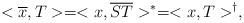
\begin{align*}<\overline{x}, T> = <x,\overline{S T}>^{*} = <x,T>^{\dagger },\end{align*}